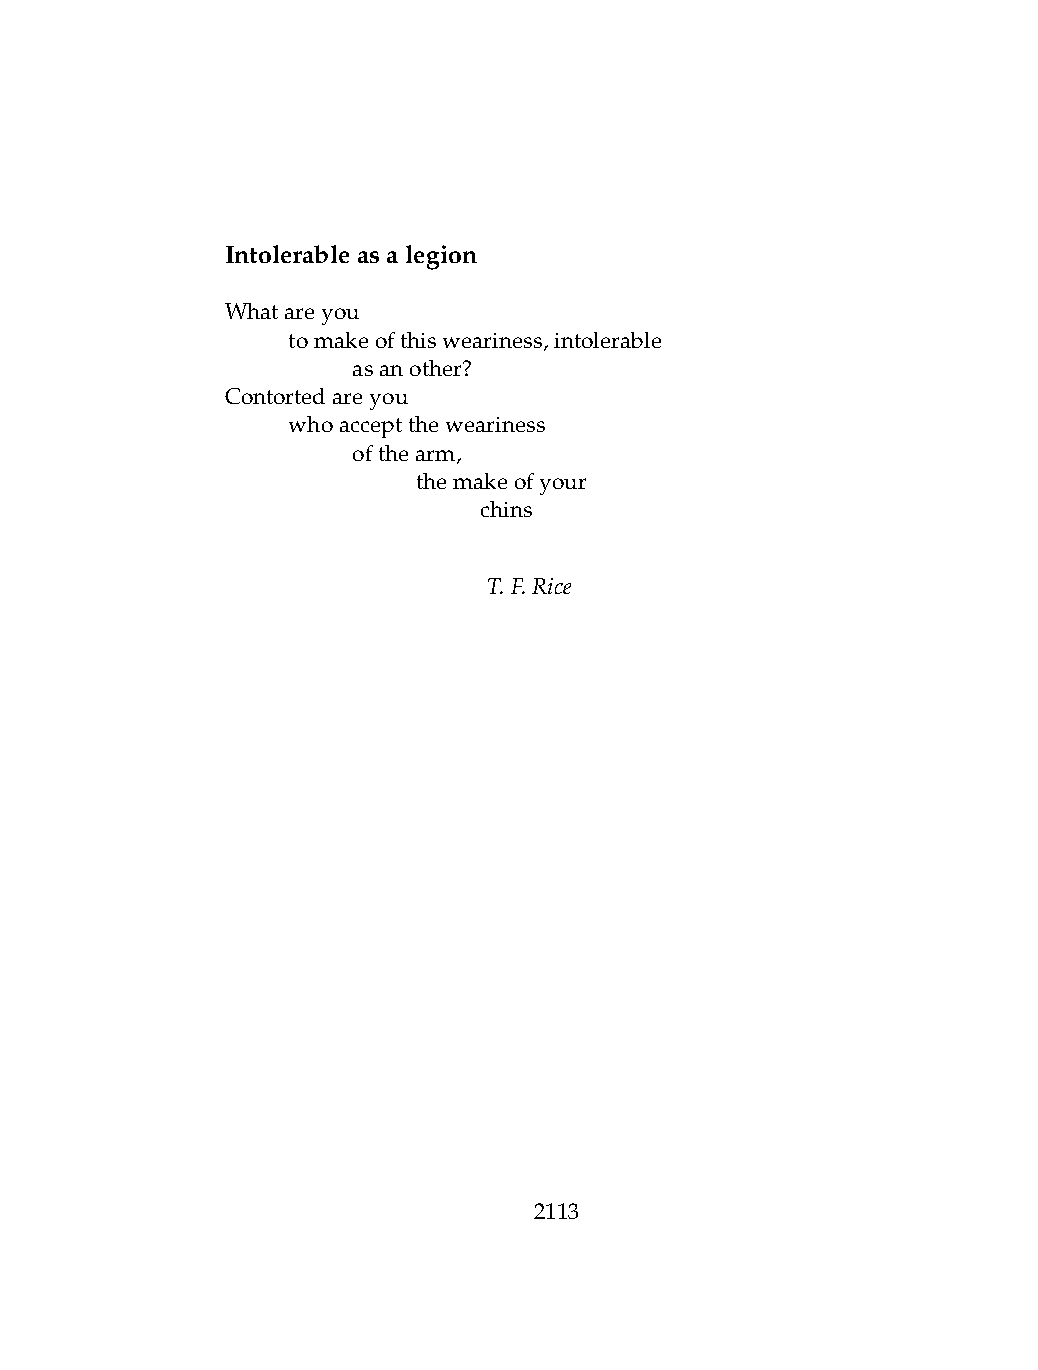
Intolerableasalegion
 Whatareyou
 .   tomakeofthisweariness,intolerable
 .   .   asanother?
 Contortedareyou
 .   whoaccepttheweariness
 .   .   ofthearm,
 .   .   .    themakeofyour
 .   .   .    .   chins
 T.F.Rice
 2113